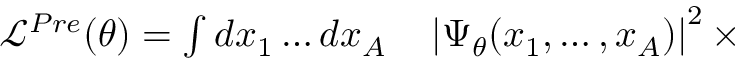
\begin{array} { r l } { \mathcal { L } ^ { P r e } ( \theta ) = \int d x _ { 1 } \ldots d x _ { A } } & { { } \left| \Psi _ { \theta } ( x _ { 1 } , \ldots , x _ { A } ) \right| ^ { 2 } \times } \end{array}